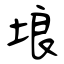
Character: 埌